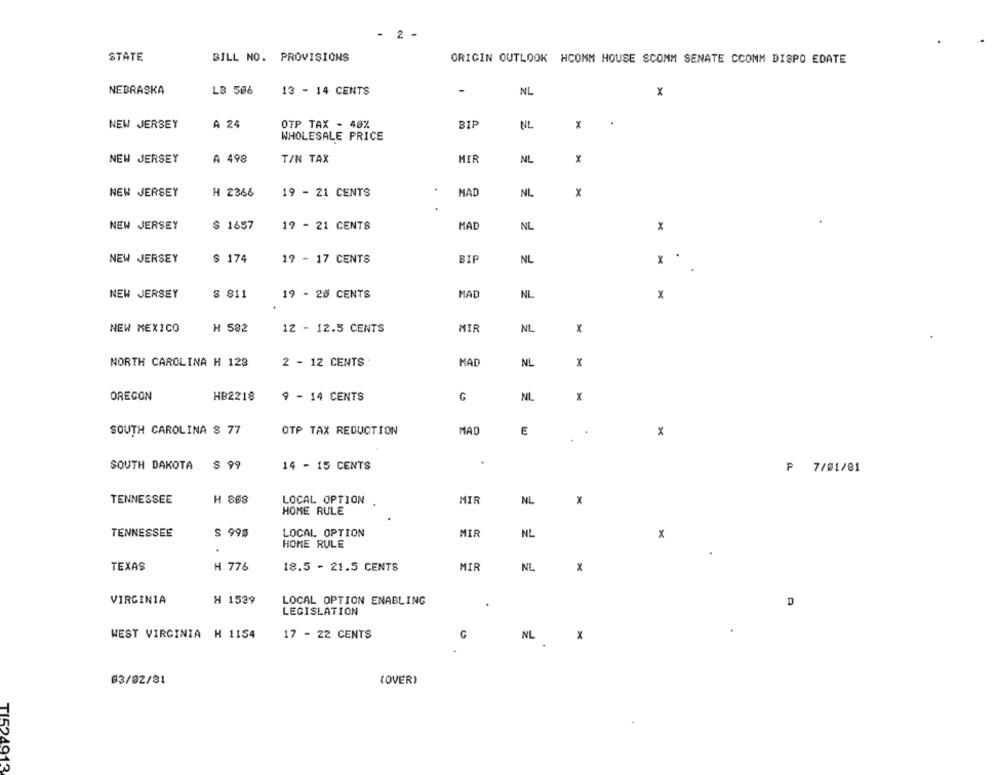
- 2 -
STATE
BILL NO. PROVISIONS
ORIGIN OUTLOOK HCOMM HOUSE SCOMM SENATE CCOMM DISPO EDATE
NEBRASKA
LB 506
13 - 14 CENTS
-
NL
x
A 24
OTP TAX - 49%
BIP
NL
X
NEW JERSEY
WHOLESALE PRICE
NEW JERSEY
A 498
T/N TAX
MIR
NL
x
NEW JERSEY
H 2366
19 - 21 CENTS
HAD
NL
x
NEW JERSEY
$ 1657
19 - 21 CENTS
MAD
NL
x
NEW JERSEY
$ 174
19 - 17 CENTS
BIP
NL
x
NEW JERSEY
8 811
19 - 20 CENTS
MAD
NL
x
NEW MEXICO
H 582
12 - 12.5 CENTS
MIR
NL
x
NORTH CAROLINA H 123
2 - 12 CENTS
MAD
NL
M
x
OREGON
HB2218
9 - 14 CENTS
G
NL
SOUTH CAROLINA $ 77
OTP TAX REDUCTION
MAD
E
.
x
SOUTH DAKOTA $ 99
14 - 15 CENTS
₱ 7/01/81
TENNESSEE
H 808
LOCAL OPTION
MIR
NL
HOME RULE
TENNESSEE
S 990
LOCAL OPTION
MIR
NL
x
HOME RULE
.
TEXAS
H 776
18.5 - 21.5 CENTS
MIR
NL
x
VIRGINIA
H 1539
LOCAL OPTION ENABLING
D
LEGISLATION
WEST VIRGINIA H 1154
17 - 22 CENTS
G
X
NL
03/02/31
(OVER)
TI524913